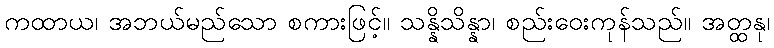
ကထာယ၊ အဘယ်မည်သော စကားဖြင့်။ သန္နိသိန္နာ၊ စည်းဝေးကုန်သည်။ အတ္ထနု၊